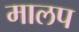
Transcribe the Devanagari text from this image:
मालप